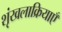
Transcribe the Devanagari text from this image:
शृंखलाक्रियाएँ